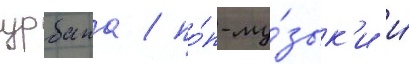
урбана / по́п-му́зык'и и́